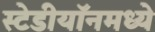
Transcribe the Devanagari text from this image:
स्टेडीयॉनमध्ये